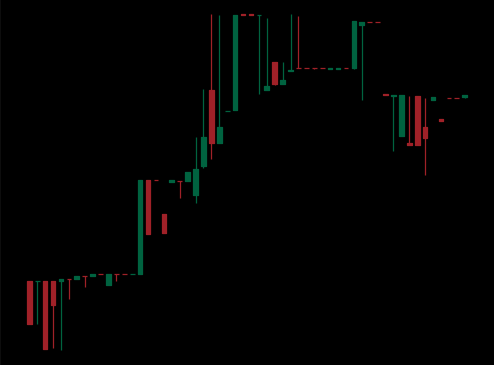
Pattern: bear_flag